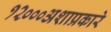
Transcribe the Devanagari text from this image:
१२०००अशाप्रकारे